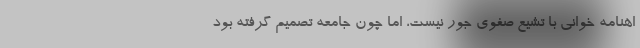
اهنامه خوانی با تشیع صفوی جور نیست، اما چون جامعه تصمیم گرفته بود